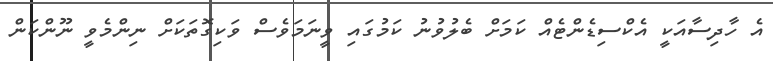
އެ ހާދިސާއަކީ އެކްސިޑެންޓެއް ކަަމަށް ބެލުވުނު ކަމުގައި ވީނަމަވެސް ވަކިގޮތަކަށް ނިންމެވީ ނޫންކަން